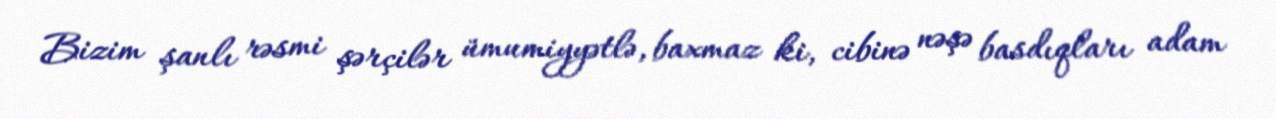
Bizim şanlı rəsmi şərçilər ümumiyyətlə, baxmaz ki, cibinə nəşə basdıqları adam